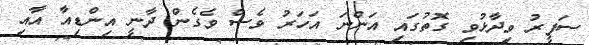
ސަފީރު ވިދާޅުވި ގޮތުގައި އަންނަ އަހަރު ވެސް ވެގެން ދާނީ އިންޑިއާ އާއި